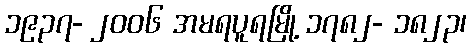
၁၉၃၇- ၂၀၀၆ အမရပူရမြို့ ၁၇၈၂- ၁၈၂၃၊